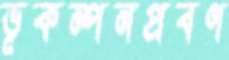
ভূকম্পনপ্রবণ